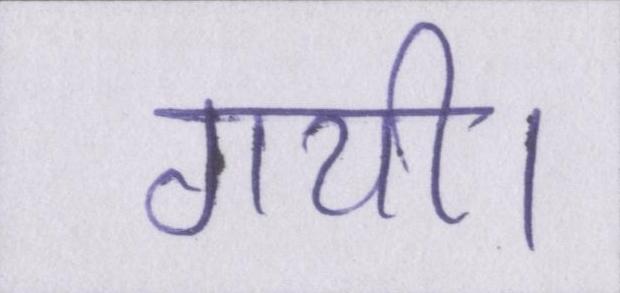
गयी।